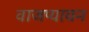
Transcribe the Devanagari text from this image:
वाजप्यायन